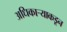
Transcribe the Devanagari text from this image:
अधिकार्‍याकडून